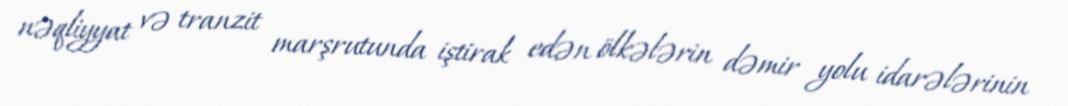
nəqliyyat və tranzit marşrutunda iştirak edən ölkələrin dəmir yolu idarələrinin